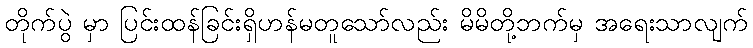
တိုက်ပွဲ မှာ ပြင်းထန်ခြင်းရှိဟန်မတူသော်လည်း မိမိတို့ဘက်မှ အရေးသာလျက်